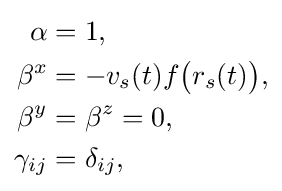
{\begin{aligned}\alpha &=1,\\\beta ^{x}&=-v_{s}(t)f{\big (}r_{s}(t){\big )},\\\beta ^{y}&=\beta ^{z}=0,\\\gamma _{ij}&=\delta _{ij},\end{aligned}}